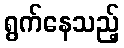
ရွက်နေသည့်